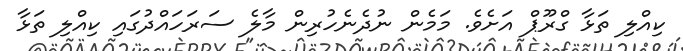
ކިއްލި ތަޅާ ގްރޫޕް އަށެވެ. މަމެން ނުދެނެހުރިން މާލެ ސަރަހަައްދުގައި ކިއްލި ތަޅާ